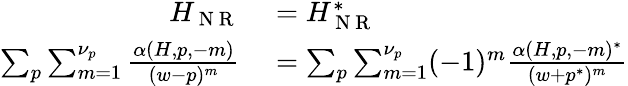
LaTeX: \begin{array}{r}{\begin{array}{rl}{H_{\mathrm{~N~R~}}}&{{}=H_{\mathrm{~N~R~}}^{*}}\\ {\sum_{p}\sum_{m=1}^{\nu_{p}}\frac{\alpha(H,p,-m)}{(w-p)^{m}}}&{{}=\sum_{p}\sum_{m=1}^{\nu_{p}}(-1)^{m}\frac{\alpha(H,p,-m)^{*}}{(w+p^{*})^{m}}}\end{array}}\end{array}